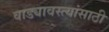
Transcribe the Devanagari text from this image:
वाड्यावस्त्यांसाठी